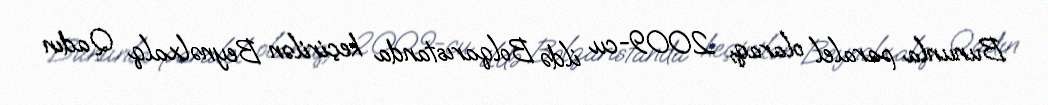
Bununla paralel olaraq, 2009-cu ildə Bolqarıstanda keçirilən Beynəlxalq Qadın